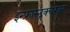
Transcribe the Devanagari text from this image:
इन्फ्रास्ट्रक्चरवर